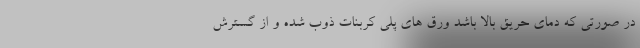
در صورتی که دمای حریق بالا باشد ورق های پلی کربنات ذوب شده و از گسترش